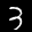
Label: 3